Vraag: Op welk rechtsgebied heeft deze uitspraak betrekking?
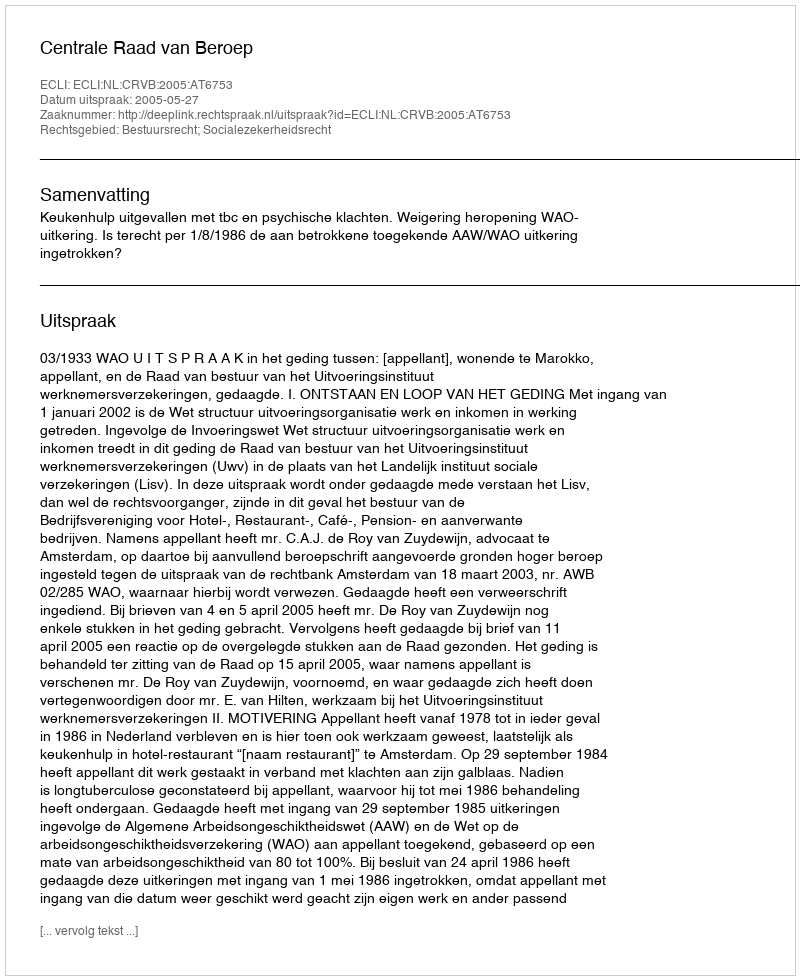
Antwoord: Bestuursrecht; Socialezekerheidsrecht